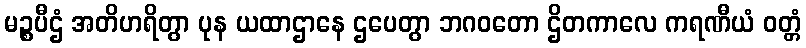
မဉ္စပီဌံ အတိဟရိတွာ ပုန ယထာဌာနေ ဌပေတွာ ဘဂဝတော ဌိတကာလေ ကရဏီယံ ဝတ္တံ